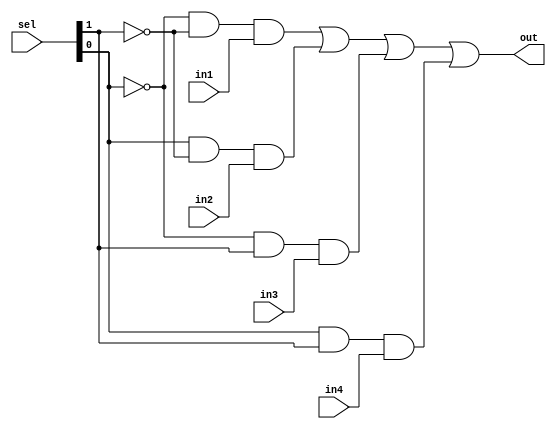
module mux1bit(out,sel,in1,in2,in3,in4);   
input in1,in2,in3,in4;
input [1:0] sel;
output out;   
wire ns1,ns2;  
not (ns1,sel[0]); 
not (ns2,sel[1]);
and(t1,ns1,ns2,in1);
and(t2,sel[0],ns2,in2);
and(t3,ns1,sel[1],in3);
and(t4,sel[0],sel[1],in4);
or(out,t1,t2,t3,t4); 
endmodule


module mux4_1(regData,q1,q2,q3,q4,reg_no);
input [31:0] q1,q2,q3,q4;
output [31:0] regData;
input [1:0] reg_no;
genvar j;
generate  for (j=0; j<32;j=j+1) begin: mux_loop 
mux1bit b2(regData[j],reg_no,q1[j],q2[j],q3[j],q4[j]);
end
endgenerate
endmodule

module decoder2_4(register,reg_no);

input [1:0]reg_no; 
output [3:0]register; 
wire x0,y0; 
not n1(x0,reg_no[0]); 
not n2(y0,reg_no[1]);

and a0(register[0],y0,x0); 
and a1(register[1],y0,reg_no[0]); 
and a2(register[2],reg_no[1],x0); 
and a3(register[3],reg_no[0],reg_no[1]);

endmodule

module d_ff(q,d,clk,reset);
output [3:0] q; // output data
input [3:0] d; // input data
input clk,reset;
reg [3:0] q;
always @(posedge clk or negedge reset)
begin
if (reset)
q=d;
else
q=4'b0000;
end
endmodule

module reg_32bit(q,d,clk,reset);
 output [31:0]q; // output data
 input [31:0]d; // input data
 input clk,reset; // clock and clear
 genvar j; 
 generate  for (j=0; j<32;j=j+4) begin: mux_loop
 d_ff df(q[j+3:j],d[j+3:j],clk,reset); 
 end
 endgenerate
endmodule

module RegFile_4bit(clk,reset,ReadReg1,ReadReg2,WriteData,WriteReg,RegWrite,ReadData1,ReadData2);

input clk,reset,RegWrite;
input [1:0] ReadReg1,ReadReg2,WriteReg;
input [31:0] WriteData;
output [31:0] ReadData1,ReadData2;
wire [3:0]rg;
decoder2_4 dc(rg,WriteReg);
wire w0,w1,w2,w3;

and a1(w0,rg[0],clk,RegWrite);
and a2(w1,rg[1],clk,RegWrite);
and a3(w2,rg[2],clk,RegWrite);
and a4(w3,rg[3],clk,RegWrite);

wire [31:0] regdata1,regdata2,regdata3,regdata4;

reg_32bit rb0(regdata1,WriteData,w0,reset);
reg_32bit rb1(regdata2,WriteData,w1,reset);
reg_32bit rb2(regdata3,WriteData,w2,reset);
reg_32bit rb3(regdata4,WriteData,w3,reset);

mux4_1 m1(ReadData1,regdata1,regdata2,regdata3,regdata4,ReadReg1);
mux4_1 m2(ReadData2,regdata1,regdata2,regdata3,regdata4,ReadReg2);

endmodule

module tb4Bit;
  reg clk, reset, RegWrite;
  reg [1:0] ReadReg1, ReadReg2, WriteReg;
  reg [31:0]  WriteData;
  wire  [31:0]  ReadData1, ReadData2;
  RegFile_4bit rf4(clk,reset,ReadReg1,ReadReg2,WriteData,WriteReg,RegWrite,ReadData1,ReadData2);
  
  initial begin
    $monitor(,$time, " reset = %b, RegWrite = %b, ReadReg1 = %b, ReadReg2 = %b, WriteReg = %b, WriteData = %b, ReadData1 = %b, ReadData2 = %b.", reset, RegWrite, ReadReg1, ReadReg2, WriteReg, WriteData, ReadData1, ReadData2);
    end
    
    initial
    begin    
    #0  clk = 1'b1; ReadReg1 = 2'b00; ReadReg2 = 2'b01; reset = 1'b1;WriteData = 32'hF0F0F0F0; RegWrite = 1'b1; WriteReg = 2'b11;
    
    #2  reset = 1'b0;
    
    #10 reset = 1'b1; RegWrite = 1'b1;  WriteData = 32'hF0F0F0F0; WriteReg = 2'b00;
    
    #10 RegWrite = 1'b1;  WriteData = 32'hF8F8F8F8; WriteReg = 2'b01;
    
    #10 RegWrite = 1'b1;  WriteData = 32'hFAFAFAFA; WriteReg = 2'b10;
    
    #10 RegWrite = 1'b1;  WriteData = 32'hFFFFFFFF; WriteReg = 2'b11;
    
    #10 RegWrite = 1'b0;
    #10 ReadReg1 = 2'b10; ReadReg2 = 2'b11;
    #10 ReadReg1 = 2'b01; ReadReg2 = 2'b10;
    #10 $finish;
  end
  always
    #5  clk = ~clk;
endmodule

//for 32 bit MIPS, require a 5-32 decoder, 32-1 mux,generate clk
//signals for 32 registers, instantiate reg32 32 times to store 
//data in 32 registers